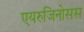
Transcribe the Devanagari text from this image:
एयरुजिनोसस